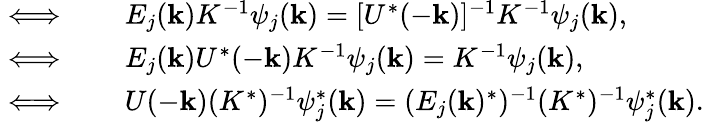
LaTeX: \begin{array}{rl}{\iff\quad}&{{}E_{j}({\mathbf k})K^{-1}\psi_{j}({\mathbf k})=[U^{*}(-{\mathbf k})]^{-1}K^{-1}\psi_{j}({\mathbf k}),}\\ {\iff\quad}&{{}E_{j}({\mathbf k})U^{*}(-{\mathbf k})K^{-1}\psi_{j}({\mathbf k})=K^{-1}\psi_{j}({\mathbf k}),}\\ {\iff\quad}&{{}U(-{\mathbf k})(K^{*})^{-1}\psi_{j}^{*}({\mathbf k})=(E_{j}({\mathbf k})^{*})^{-1}(K^{*})^{-1}\psi_{j}^{*}({\mathbf k}).}\end{array}